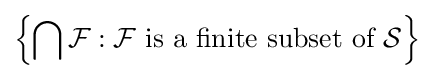
\left\{\bigcap {\mathcal {F}}:{\mathcal {F}}{\text{ is a finite subset of }}{\mathcal {S}}\right\}